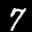
Label: 7